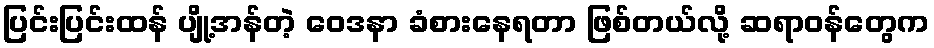
ပြင်းပြင်းထန် ပျို့အန်တဲ့ ဝေဒနာ ခံစားနေရတာ ဖြစ်တယ်လို့ ဆရာဝန်တွေက